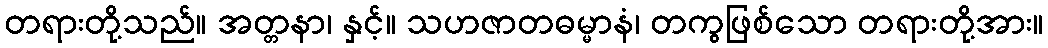
တရားတို့သည်။ အတ္တနာ၊ နှင့်။ သဟဇာတဓမ္မာနံ၊ တကွဖြစ်သော တရားတို့အား။